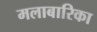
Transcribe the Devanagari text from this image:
मलाबारिका